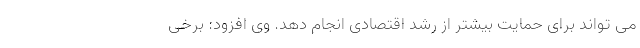
می تواند برای حمایت بیشتر از رشد اقتصادی انجام دهد. وی افزود: برخی